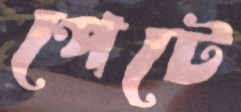
পেটে